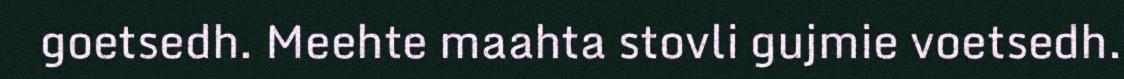
goetsedh. Meehte maahta stovli gujmie voetsedh.